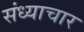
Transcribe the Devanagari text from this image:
संध्याचार